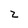
Character: 2